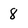
Character: 8